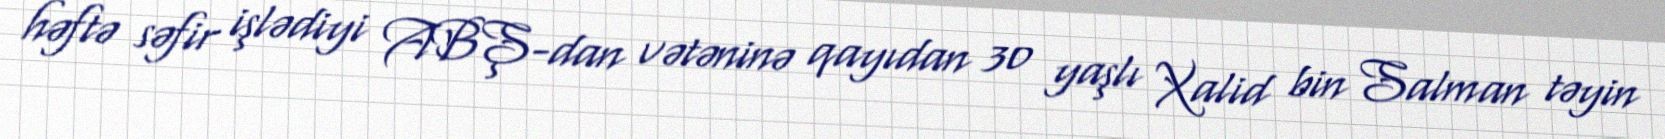
həftə səfir işlədiyi ABŞ-dan vətəninə qayıdan 30 yaşlı Xalid bin Salman təyin